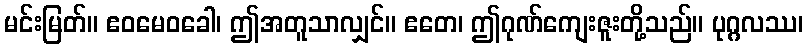
မင်းမြတ်။ ဧဝမေဝခေါ၊ ဤအတူသာလျှင်။ ဧတေ၊ ဤဂုဏ်ကျေးဇူးတို့သည်။ ပုဂ္ဂလဿ၊